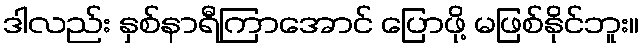
ဒါလည်း နှစ်နာရီကြာအောင် ပြောဖို့ မဖြစ်နိုင်ဘူး။